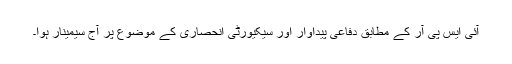
آئی ایس پی آر کے مطابق دفاعی پیداوار اور سیکیورٹی انحصاری کے موضوع پر آج سیمینار ہوا۔